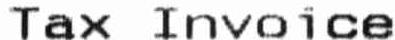
TAX INVOICE